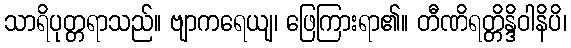
သာရိပုတ္တရာသည်။ ဗျာကရေယျ၊ ဖြေကြားရာ၏။ တီဏိရတ္တိန္ဒိဝါနိပိ၊